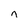
Character: n